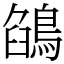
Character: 鵮